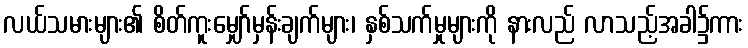
လယ်သမားများ၏ စိတ်ကူးမျှော်မှန်းချက်များ၊ နှစ်သက်မှုများကို နားလည် လာသည့်အခါ၌ကား